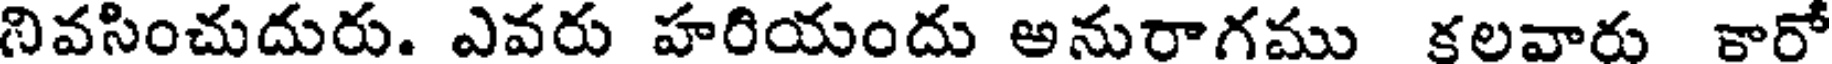
నివసించుదురు. ఎవరు హరియందు అనురాగము కలవారు కారో